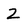
Character: Z